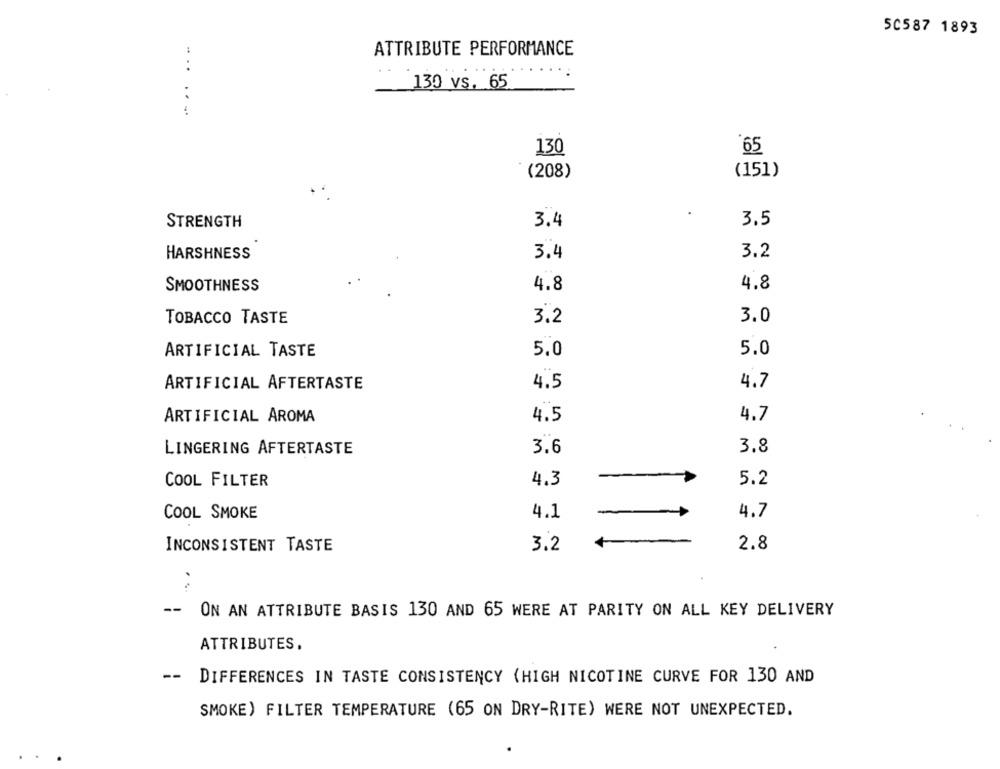
50587 1893
ATTRIBUTE PERFORMANCE
130 vs. 65
..
130
65
(208)
(151)
STRENGTH
3.4
3.5
3.4
3.2
HARSHNESS
4.8
SMOOTHNESS
4.8
TOBACCO TASTE
3.2
3.0
ARTIFICIAL TASTE
5.0
5.0
ARTIFICIAL AFTERTASTE
4.7
4.5
ARTIFICIAL AROMA
4.5
4.7
LINGERING AFTERTASTE
3.6
3.8
COOL FILTER
4.3
5.2
COOL SMOKE
4.1
4.7
2.8
INCONSISTENT TASTE
3.2
--
ON AN ATTRIBUTE BASIS 130 AND 65 WERE AT PARITY ON ALL KEY DELIVERY
ATTRIBUTES.
--
DIFFERENCES IN TASTE CONSISTENCY (HIGH NICOTINE CURVE FOR 130 AND
SMOKE) FILTER TEMPERATURE (65 ON DRY-RITE) WERE NOT UNEXPECTED.